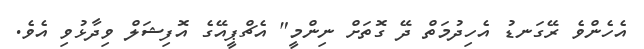
އެހެންވެ ރޭގަނޑު އެހިދުމަތް ދޭ ގޮތަށް ނިންމީ" އެޗްޕީއޭގެ އޮފިޝަލް ވިދާޅުވި އެވެ.